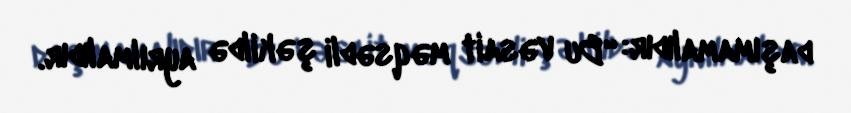
daşımamalıdır: “Bu vəsait məqsədli şəkildə ayrılmalıdır.